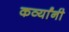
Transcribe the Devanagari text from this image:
कर्व्यांनी